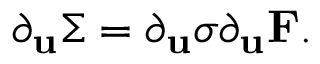
\partial _ { \mathbf { u } } \boldsymbol { \Sigma } = \partial _ { \mathbf { u } } \sigma \partial _ { \mathbf { u } } \mathbf { F } .